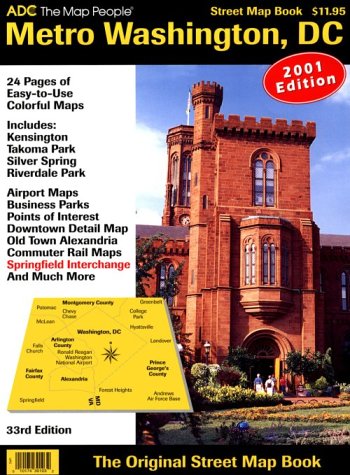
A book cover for Metro Washington, D.C., Street Map Book (Adc the Map People Washington D.C. Street Map Book); the Map People ADC; Travel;